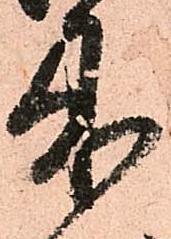
来